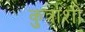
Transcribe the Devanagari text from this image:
कुत्राशी